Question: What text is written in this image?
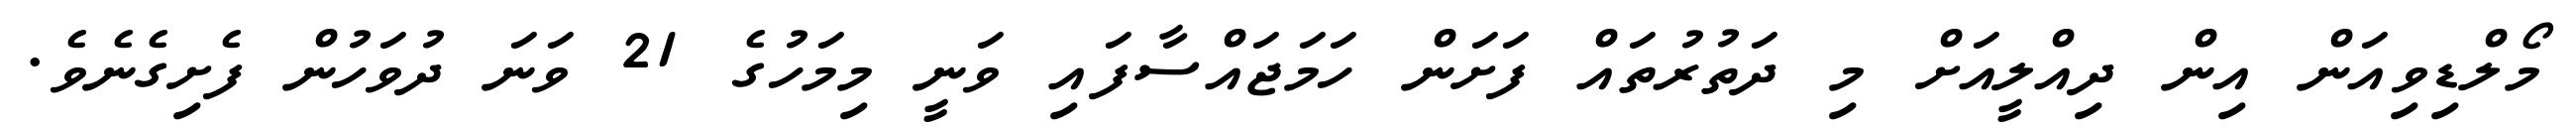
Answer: މޯލްޑިވިއަން އިން ދިއްލީއަށް މި ދަތުރުތައް ފަށަން ހަމަޖައްސާފައި ވަނީ މިމަހުގެ 21 ވަނަ ދުވަހުން ފެށިގެނެވެ.